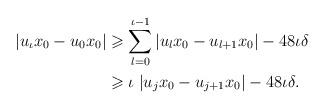
LaTeX: \begin{align*}|{u}_{\iota}x_0-{u}_0x_0| &\geqslant \sum_{l=0}^{\iota-1} |{u}_lx_0-{u}_{l+1}x_0|- 48\iota \delta \\& \geqslant \iota \; |{u}_jx_0-{u}_{j+1}x_0| -48 \iota \delta. \end{align*}